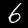
Label: 6